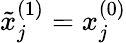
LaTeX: \tilde{x}_{j}^{(1)}=x_{j}^{(0)}